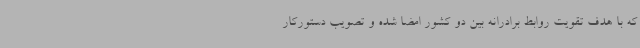
که با هدف تقویت روابط برادرانه بین دو کشور امضا شده و تصویب دستورکار